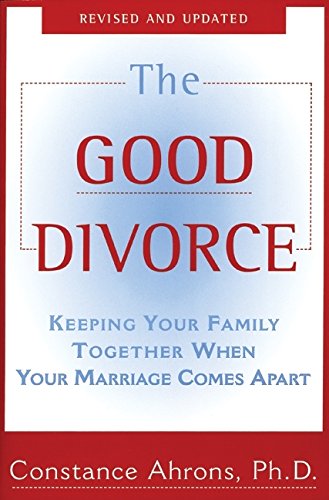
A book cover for The Good Divorce; Constance Ahrons; Parenting & Relationships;